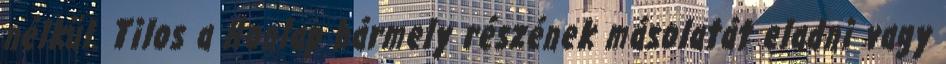
nélkül. Tilos a Honlap bármely részének másolatát eladni vagy